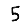
Digit: 5